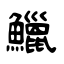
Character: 鱲